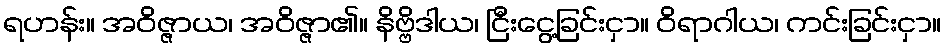
ရဟန်း။ အဝိဇ္ဇာယ၊ အဝိဇ္ဇာ၏။ နိဗ္ဗိဒါယ၊ ငြီးငွေ့ခြင်းငှာ။ ဝိရာဂါယ၊ ကင်းခြင်းငှာ။